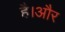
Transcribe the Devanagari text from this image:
है।अौर